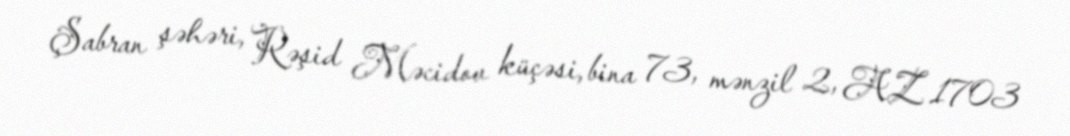
Şabran şəhəri, Rəşid Məcidov küçəsi, bina 73, mənzil 2, AZ 1703